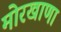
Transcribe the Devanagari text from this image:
मोरखाणा